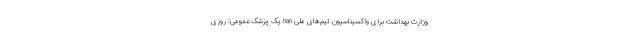
وزارت بهداشت برای واکسیناسیون تیم‌های ملی nan یک پزشک عمومی: روزی